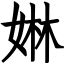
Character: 㛦